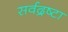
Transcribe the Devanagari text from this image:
सर्वद्रष्टा